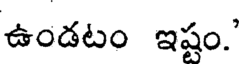
ఉండటం ఇష్టం.